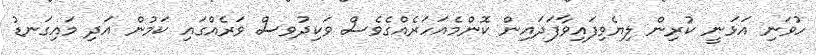
ހުވަނި އަޅަނީ ކުރިން ލިޔެވިފައިވާފަދައިން ކޮންމެއަހަރެއްގެވެސް ވަކިދުވސް ވަރެއްގައި ކަމުން އަދި މައިގަނޑު